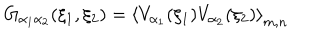
G _ { \alpha _ { 1 } \alpha _ { 2 } } ( \xi _ { 1 } , \xi _ { 2 } ) = \left\langle V _ { \alpha _ { 1 } } ( \xi _ { 1 } ) V _ { \alpha _ { 2 } } ( \xi _ { 2 } ) \right\rangle _ { m , n }